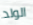
الولد